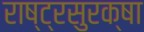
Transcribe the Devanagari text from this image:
राष्ट्रसुरक्षा